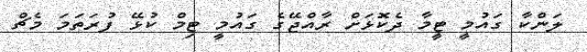
ލަންކާ ގައުމީ ޓީމާ ދެކޮޅަށް ރާއްޖޭގެ ގައުމީ ޓިމް ކުޅޭ ފުރަތަމަ މެޗް